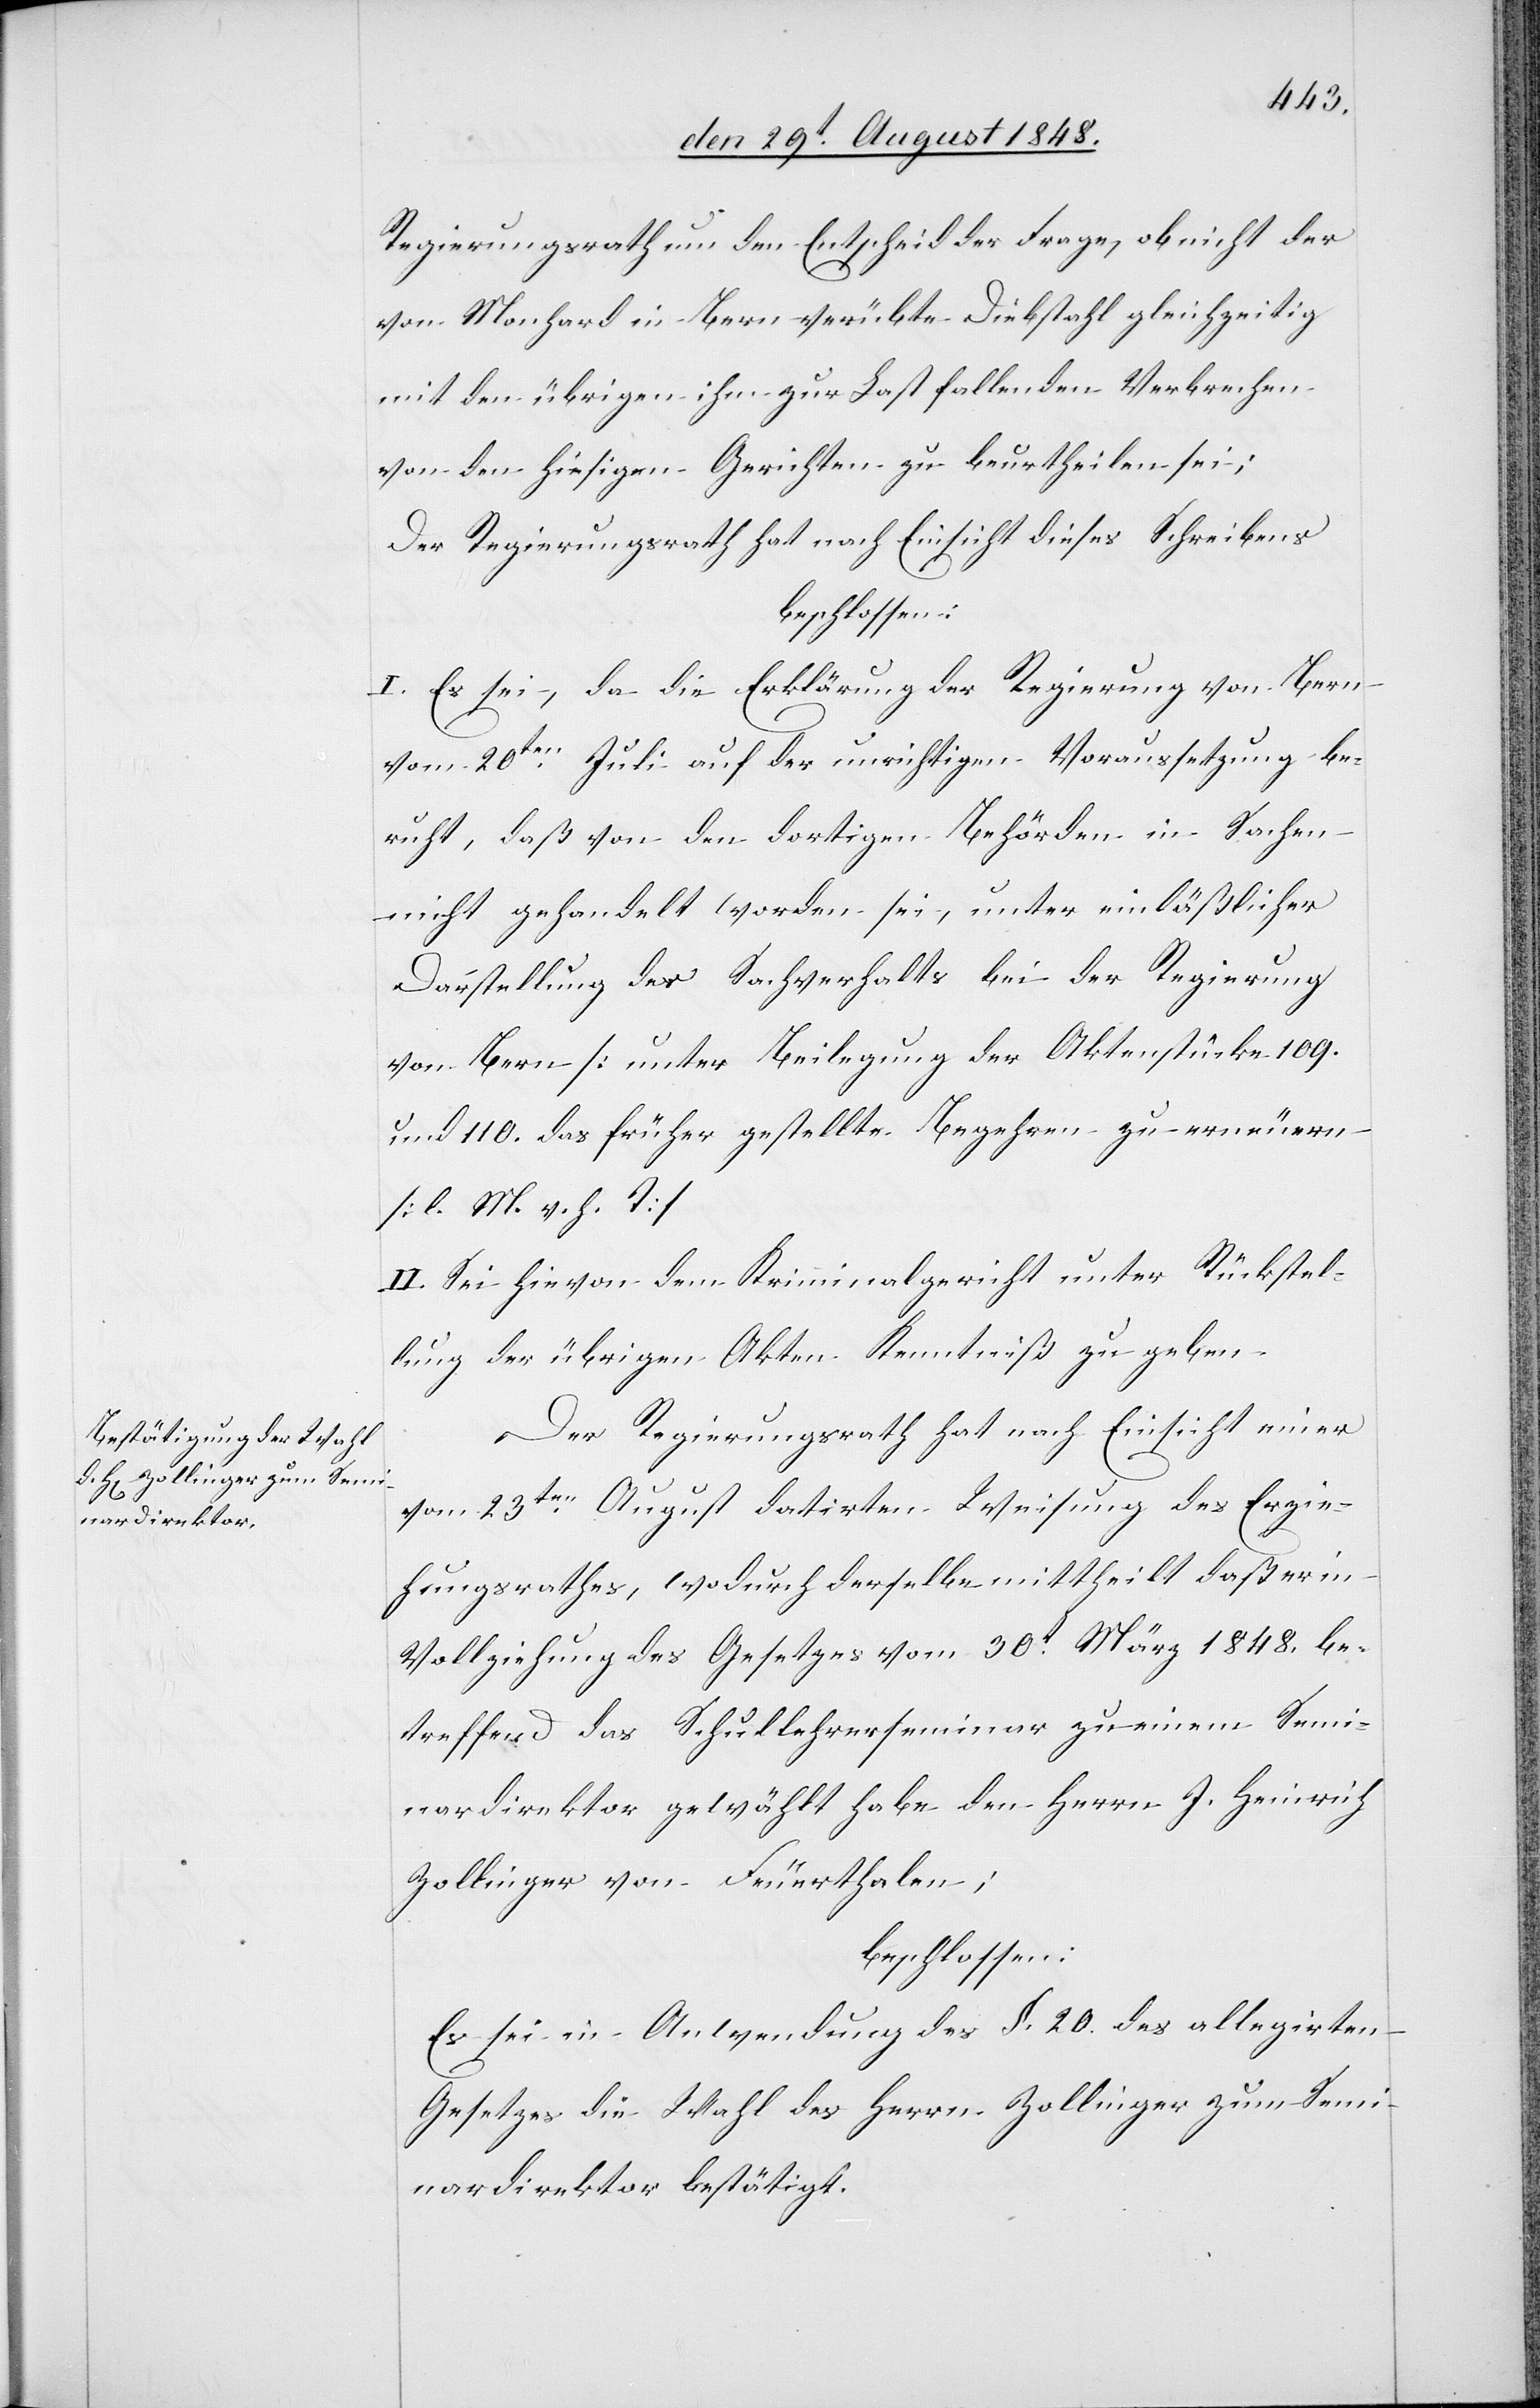
Regierungsrath um den Entscheid der Frage, ob nicht der
von Monhard in Bern verübte Diebstahl gleichzeitig
mit den übrigen ihm zur Last fallenden Verbrechen
von den hiesigen Gerichten zu beurtheilen sei;
Der Regierungsrath hat nach Einsicht dieses Schreibens
beschlossen:
I. Es sei, da die Erklärung der Regierung von Bern
vom 20ten Juli auf der unrichtigen Voraussetzung be¬
ruht, daß von den dortigen Behörden in Sachen
nicht gehandelt worden sei, unter einläßlicher
Darstellung des Sachverhalts bei der Regierung
von Bern [unter Beilegung der Aktenstücke 109.
und 110. das früher gestellt Begehren zu erneuern.
[l. M. v. h. T]
II. Sei hievon dem Kriminalgericht unter Rückstel¬
lung der übrigen Akten Kenntniß zu geben.
Der Regierungsrath hat nach Einsicht einer
vom 23ten August datirten Weisung des Erzie¬
hungsrathes, wodurch derselbe mittheilt daß er in
Vollziehung des Gesetztes vom 30t März 1848. be¬
treffend das Schullehreseminar zu einem Semi¬
nardirektor gewählt habe den Herrn J. Heinrich
Zollinger von Feuerthalen;
beschlossen:
Es sei in Anwendung des §. 20. des allegirten
Gesetzes die Wahl des Herrn Zollinger zum Semi¬
nardirektor bestätigt.